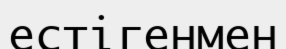
естігенмен